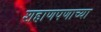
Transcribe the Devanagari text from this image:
शहाणपणाच्या